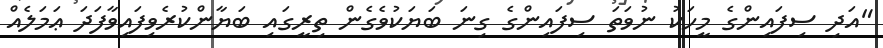
"އަދި ސިފައިންގެ މީހަކު ނުވަތަ ސިފައިންގެ ގިނަ ބަޔަކުވެގެން ތިރީގައި ބަޔާންކުރެވިފައިވާފަދަ ޢަމަލެއް